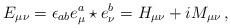
LaTeX: \begin{align*}E_{\mu\nu}=\epsilon_{ab}e^a_{\mu}\star e^b_{\nu}=H_{\mu\nu}+iM_{\mu\nu}\,,\end{align*}